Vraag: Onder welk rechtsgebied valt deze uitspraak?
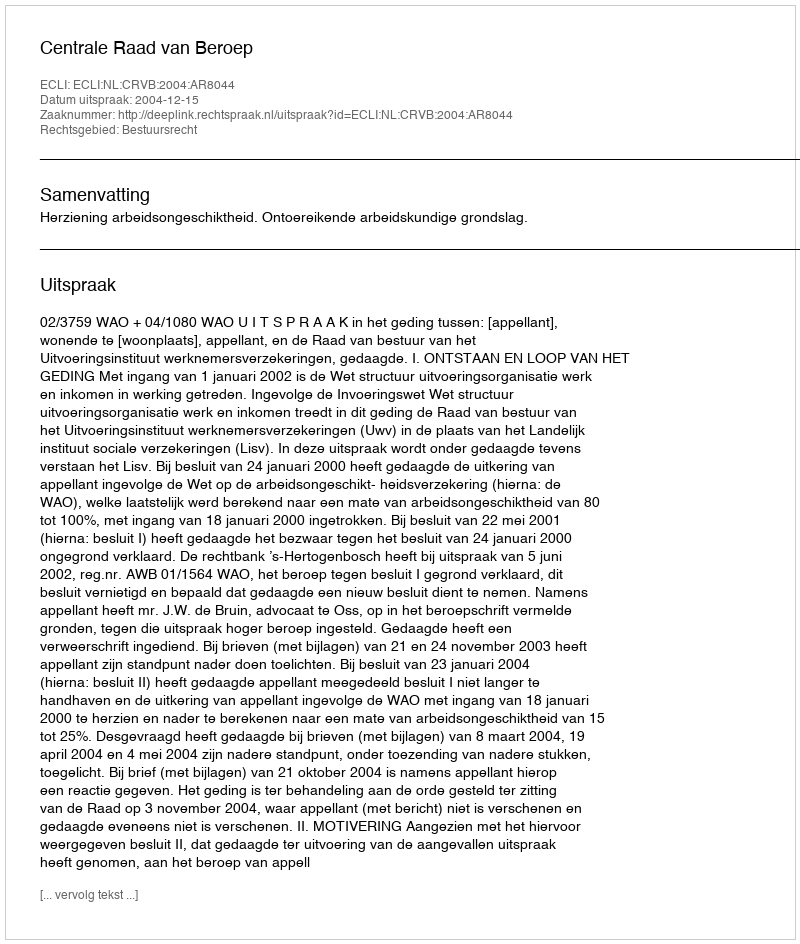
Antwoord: Bestuursrecht